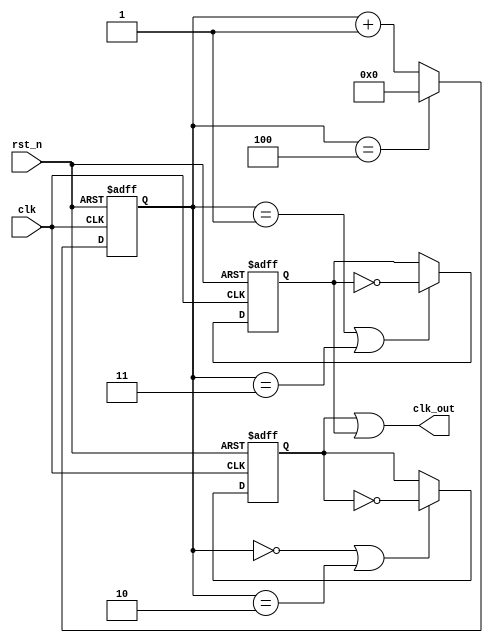
module clk_odd1 #(parameter N=5)(
    input clk,rst_n,
    output clk_out
);
    localparam n=N/2;//N=5n=2

    reg [3:0] cnt;//1
    reg clk1,clk2;

    always@(posedge clk or negedge rst_n)begin
        if(!rst_n)
            cnt<=0;
        else
            cnt<=(cnt==N-1)?0:cnt+1;
    end

    always@(posedge clk or negedge rst_n)begin
        if(!rst_n)
            clk1<=0;
        else begin
            if(cnt==0 || cnt==n)
                clk1<=~clk1;
            else
                clk1<=clk1;
        end
    end

    always@(negedge clk or negedge rst_n)begin
        if(!rst_n)
            clk2<=0;
        else begin
            if(cnt==1 || cnt==n+1)
                clk2<=~clk2;
            else
                clk2<=clk2;
        end
    end

    assign clk_out=clk1 | clk2;

endmodule